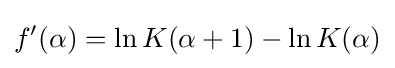
f'(\alpha )=\ln K(\alpha +1)-\ln K(\alpha )